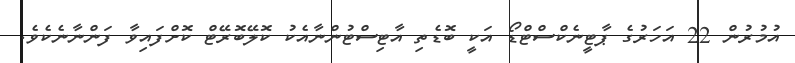
އުމުރުން 22 އަހަރުގެ ޕާޓީނެކްސްޓްޑޯ އަކީ ބޮޑެތި އާޓިސްޓުންނާއެކު ކޮލޭބޮރޭޓް ކޮށްފައިވާ ފަންނާނެކެވެ.